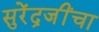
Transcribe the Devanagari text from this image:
सुरेंद्रजींचा